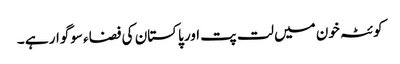
کوئٹہ خون میں لت پت اور پاکستان کی فضاء سوگوار ہے ۔